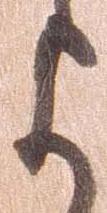
よ